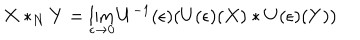
LaTeX: X * _ { N } Y = \lim _ { \epsilon \to 0 } U ^ { - 1 } ( \epsilon ) ( U ( \epsilon ) ( X ) * U ( \epsilon ) ( Y ) )